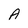
Character: A